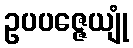
ဥပပဇ္ဇေယျုံ